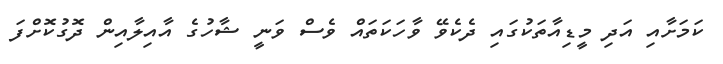
ކަމަށާއި އަދި މީޑިއާތަކުގައި ދެކެވޭ ވާހަކަތައް ވެސް ވަނީ ޝާހުގެ އާއިލާއިން ދޮގުކޮށްފަ